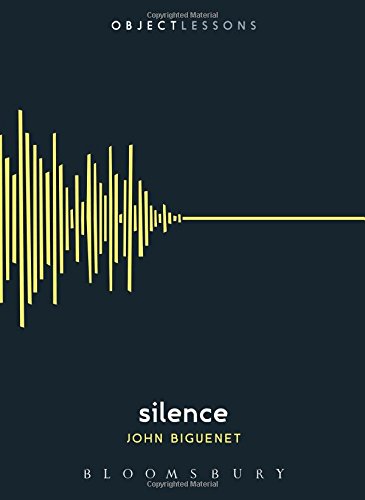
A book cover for Silence (Object Lessons); John Biguenet; Politics & Social Sciences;